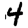
Digit: 4